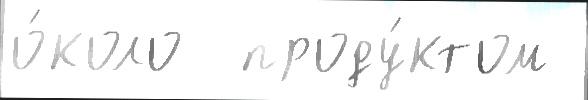
о́коло  проду́ктом